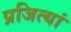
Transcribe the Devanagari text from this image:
प्रजित्यां